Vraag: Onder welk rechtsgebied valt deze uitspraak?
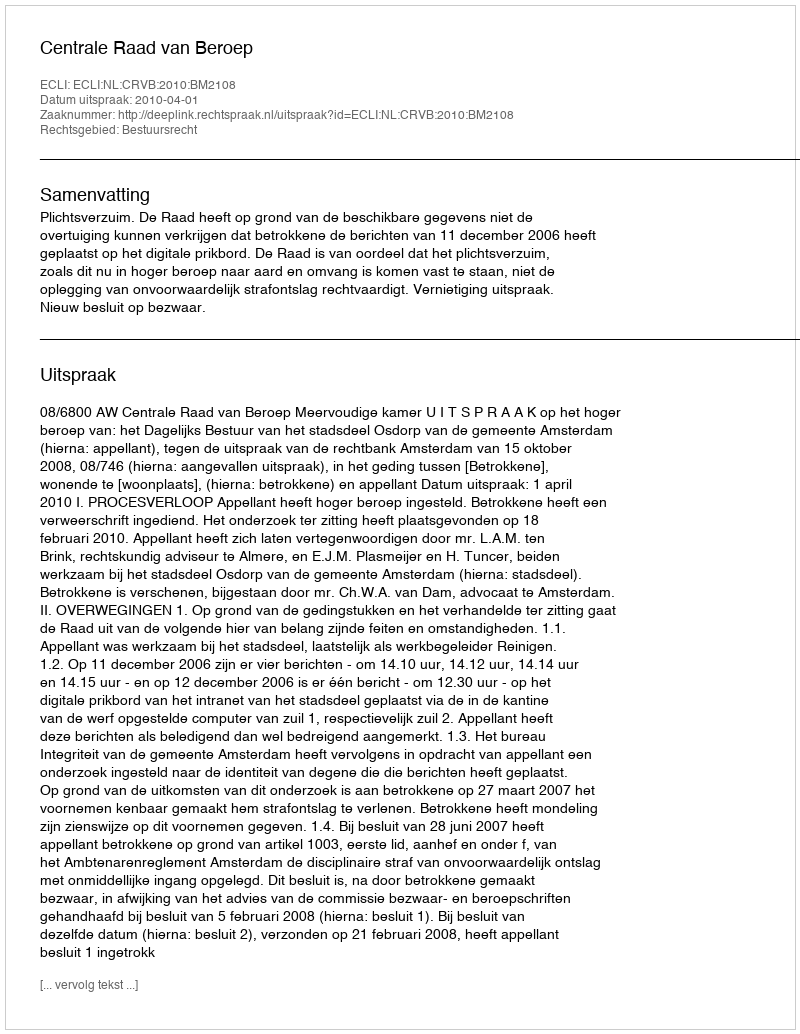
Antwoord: Bestuursrecht